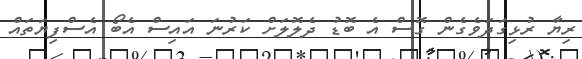
ރިޔާ ރުޅިގަދަވެގެން ގޮސް އެ ބޮޑު ދެލޮލަށް ކަރުނަ އައިސް އެބޯ އެސްފިޔަތައް